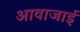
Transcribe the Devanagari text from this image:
आवाजाई